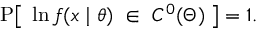
\operatorname { P } \! { \big [ } \; \ln f ( x \mid \theta ) \; \in \; C ^ { 0 } ( \Theta ) \; { \big ] } = 1 .